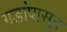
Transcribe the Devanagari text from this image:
गडांपासून